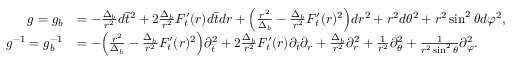
\begin{array} { r l } { g = g _ { b } } & { = - \frac { \Delta _ { b } } { r ^ { 2 } } d \bar { t } ^ { 2 } + 2 \frac { \Delta _ { b } } { r ^ { 2 } } F _ { t } ^ { \prime } ( r ) d \bar { t } d r + \Big ( \frac { r ^ { 2 } } { \Delta _ { b } } - \frac { \Delta _ { b } } { r ^ { 2 } } F _ { t } ^ { \prime } ( r ) ^ { 2 } \Big ) d r ^ { 2 } + r ^ { 2 } d \theta ^ { 2 } + r ^ { 2 } \sin ^ { 2 } \theta d \varphi ^ { 2 } , } \\ { g ^ { - 1 } = g _ { b } ^ { - 1 } } & { = - \Big ( \frac { r ^ { 2 } } { \Delta _ { b } } - \frac { \Delta _ { b } } { r ^ { 2 } } F _ { t } ^ { \prime } ( r ) ^ { 2 } \Big ) \partial _ { \bar { t } } ^ { 2 } + 2 \frac { \Delta _ { b } } { r ^ { 2 } } F _ { t } ^ { \prime } ( r ) \partial _ { \bar { t } } \partial _ { r } + \frac { \Delta _ { b } } { r ^ { 2 } } \partial _ { r } ^ { 2 } + \frac { 1 } { r ^ { 2 } } \partial _ { \theta } ^ { 2 } + \frac { 1 } { r ^ { 2 } \sin ^ { 2 } \theta } \partial _ { \varphi } ^ { 2 } . } \end{array}